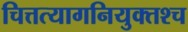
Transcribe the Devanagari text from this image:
चित्तत्यागनियुक्तश्च